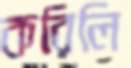
করিলি